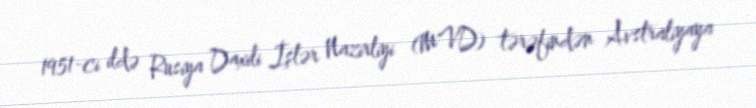
1951-ci ildə Rusiya Daxili İşlər Nazirliyi (MVD) tərəfindən Avstraliyaya